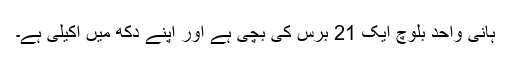
ہانی واحد بلوچ ایک 21 برس کی بچی ہے اور اپنے دکھ میں اکیلی ہے۔